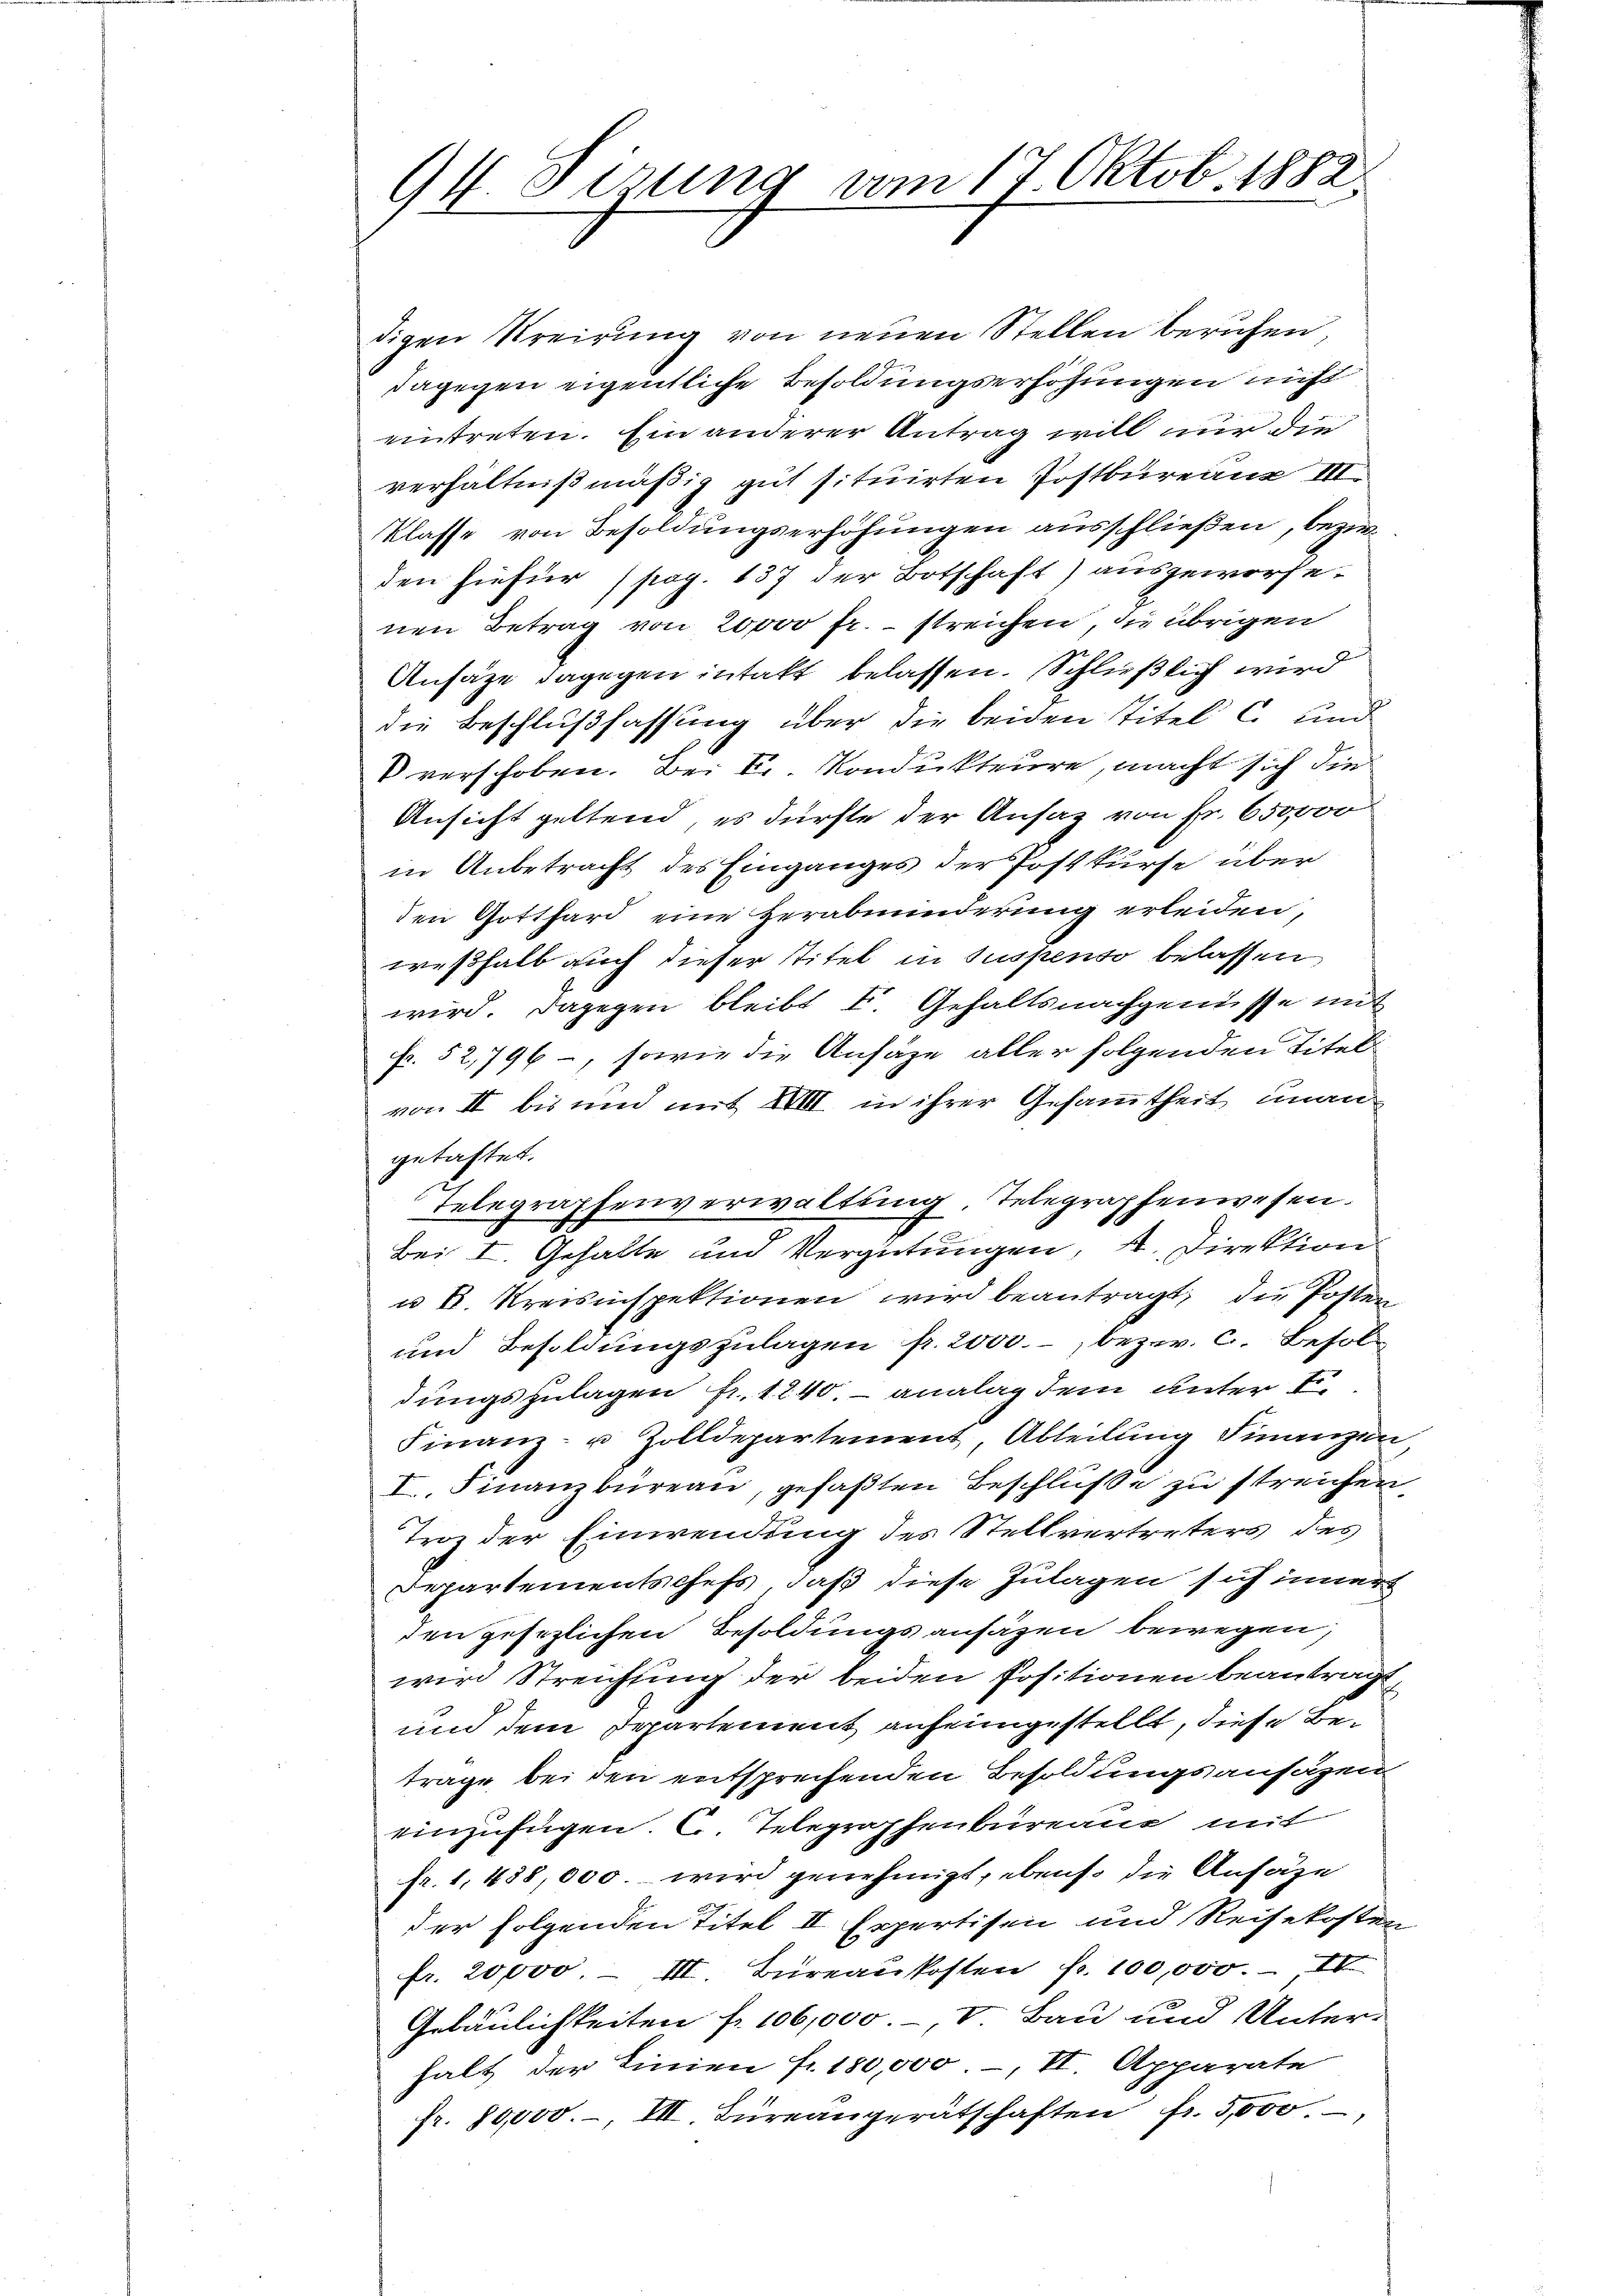
94. Seizung vom 17. Oktob. 1882

digen Kreirung von neuen Stellen berufen
dagegen eigentliche Besoldungserhöhungen nicht
eintreten. Ein anderer Antrag will nur die
verhältnißmäßig gut situirten Postbureau III.
Klasse von Besoldungserhöhungen ausschließen, bezirden hiefür (pag. 137 der Botschaft) ausgeworfe-
nen Betrag von 20000 fr. streichen, die übrigen
Ansätze dagegen intakt belassen. Schließlich wird
die Beschlußfassung über die beiden Titel C. und
V verschoben. Bei Sr. Kondukteure, macht sich die
Ansicht geltend, es dürfte der Ansaz von Fr. 650,000
in Anbetracht des Einganges der Postkurse über
den Gotthard eine Herabminderung erleiden,
weßhalb auch dieser Titel in Suspenso belassen
wird. Dagegen bleibt I Gehaltsnachgenüsse mit
fr. 52,796 –, sowie die Ansage aller folgenden Titel
von II bis und mit XVIII in ihrer Gesammtheit unangetastet.
Telegraphenverwaltung, Telegraphenwesen.
Bei I. Gehalte und Vergütungen, 4. Direktion
u B. Kreisinspektionen wird beantragt, die Posten
und Besoldungszulagen fr. 2000.- bezw. C. Besoldungszulagen fr. 1240. – analag dem unter 1
Finanz- u. Zolldepartement Abteilŭng Finanzen
I. Finanzbüreau, gefaßten Beschlüße zu streichen
Troz der Einwendung des Stellvertreters des
Departementschefs, daß diese Zulagen sich inner
den gesezlichen Besoldungsansäzen bewegen,
wird Streichung der beiden Positionen beantragt,
und dem Departement anheimgestellt, diese Betrage bei den entsprechenden Besoldungsansäzen
einzufügen. C. Telegraphenbureau mit
fr. 1, 438,000. wird genehmigt, ebenso die Ansäze
der folgenden Titel II Expertisen und Reisekosten
fr. 20,000. III. Büreaukosten fr. 100,000., IV
Gebäulichkeiten fr. 106,000 V Bau und Unter-
halt der Linien fr. 180,000.-, II. Apparate
fr. 80,000.-, III. Bureaugerätschaften fr. 5000.